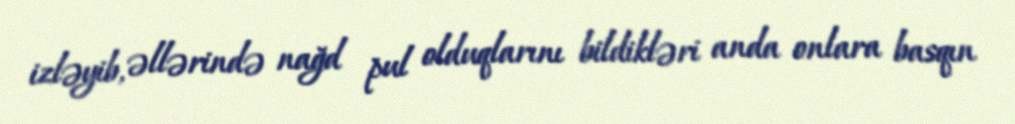
izləyib, əllərində nağd pul olduqlarını bildikləri anda onlara basqın